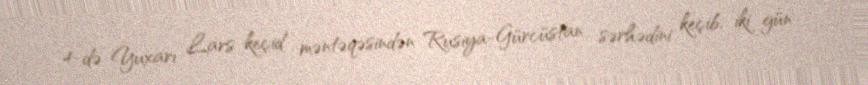
4-də Yuxarı Lars keçid məntəqəsindən Rusiya-Gürcüstan sərhədini keçib, iki gün